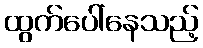
ထွက်ပေါ်နေသည့်